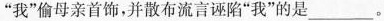
”我”偷母亲首饰，并散布流言诬陷”我”的是___。